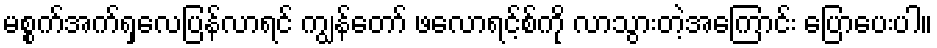
မစ္စက်အက်ရှလေပြန်လာရင် ကျွန်တော် ဖလောရင့်စ်ကို လာသွားတဲ့အကြောင်း ပြောပေးပါ။